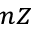
_ { n Z }